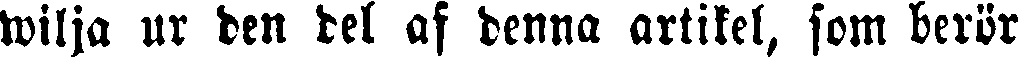
wilja ur den del af denna artikel, som berör